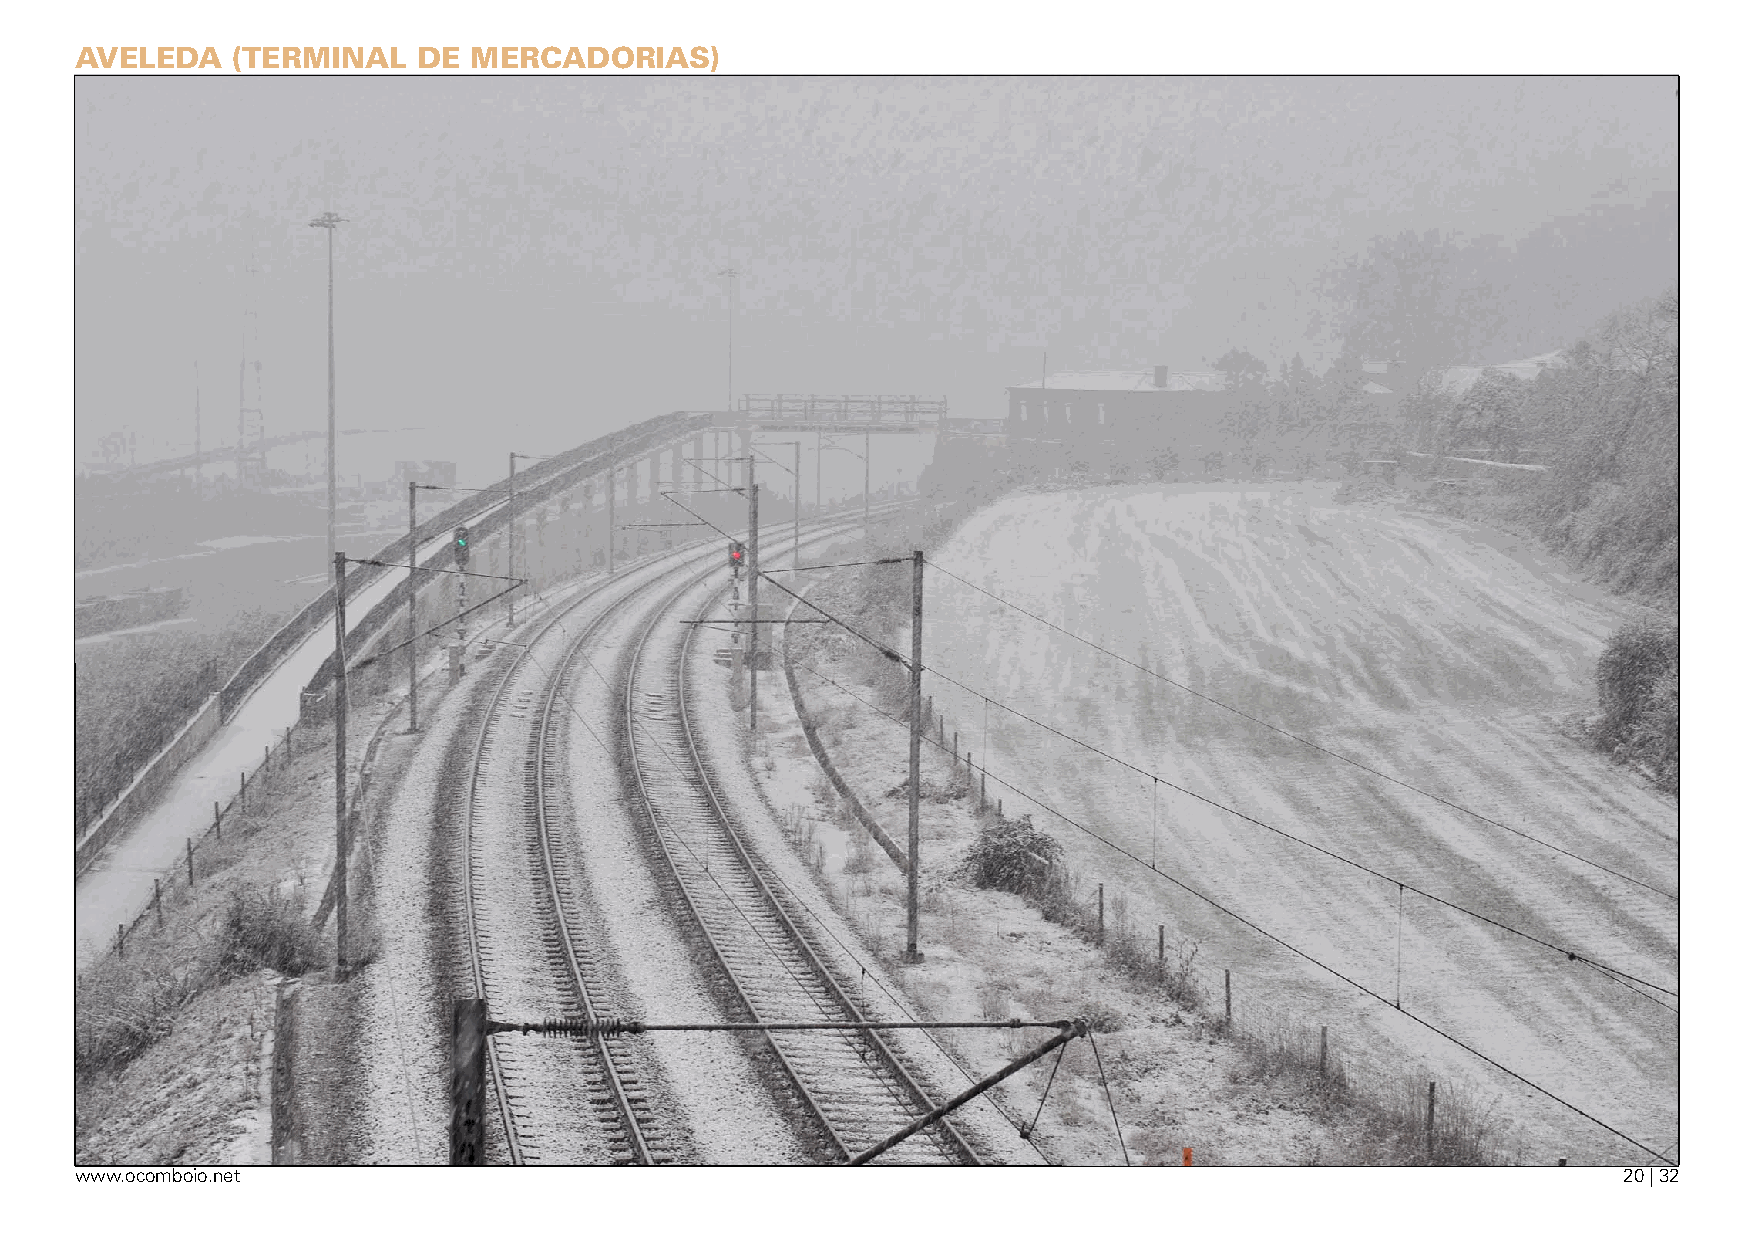
aveleda   (terminal    de merCadOrias)
 www.ocomboio.net                                                                                      20 | 32